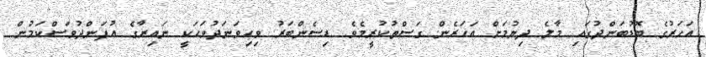
އަހަރުގެ ބޮޑުބަންދުގައި މާލެ ދިޔުމަށް އަހަރެން ގަސްތުކުރީމެވެ. ޑިސެންބަރު ވިހިވަނަދުވަހަކީ ނައިރާގެ އުފަންދުވަސްކަމުން